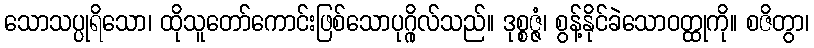
သောသပ္ပုရိသော၊ ထိုသူတော်ကောင်းဖြစ်သောပုဂ္ဂိုလ်သည်။ ဒုစ္စဇ္ဇံ၊ စွန့်နိုင်ခဲသောဝတ္ထုကို။ စဇိတွာ၊